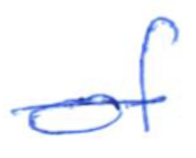
Text: of
Cross-out: single-line
Writing tool: ballpoint